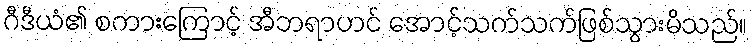
ဂီဒီယံ၏ စကားကြောင့် အီဘရာဟင် အောင့်သက်သက်ဖြစ်သွားမိသည်။